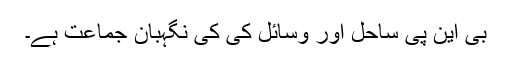
بی این پی ساحل اور وسائل کی کی نگہبان جماعت ہے۔